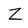
Character: Z